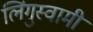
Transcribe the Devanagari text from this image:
लिंगुस्वामी